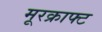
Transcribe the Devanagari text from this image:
मूरक्राफ्ट